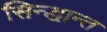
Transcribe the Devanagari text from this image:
सिन्द्धान्त